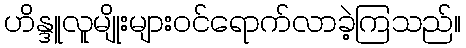
ဟိန္ဒူလူမျိုးများဝင်ရောက်လာခဲ့ကြသည်။